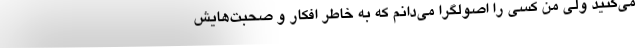
می‌کنید ولی من کسی را اصولگرا می‌دانم که به خاطر افکار و صحبت‌هایش